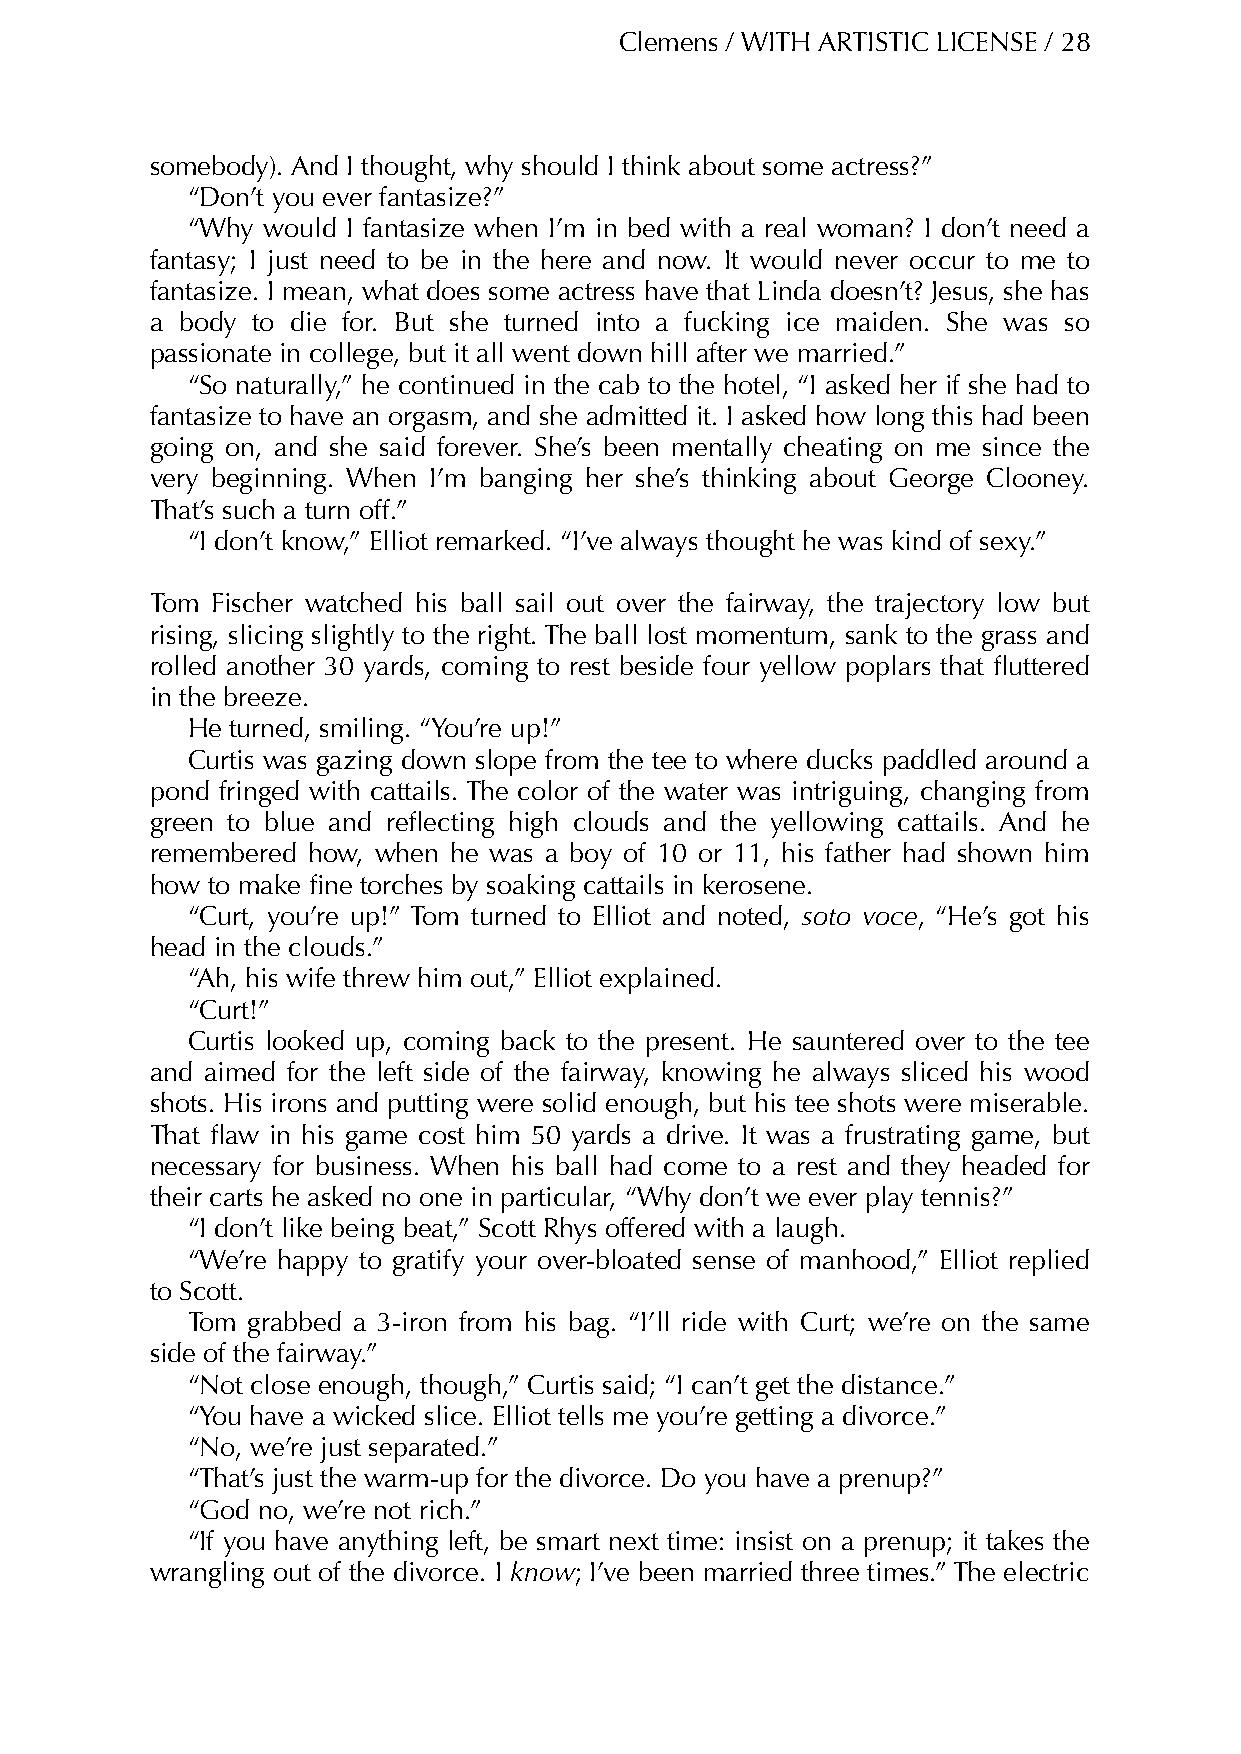
Clemens / WITH ARTISTIC LICENSE / 28
 somebody). And I thought, why should I think about some actress?”
 “Don’t you ever fantasize?”
 “Why would I fantasize when I’m in bed with a real woman? I don’t need a
 fantasy; I just need to be in the here and now. It would never occur to me to
 fantasize. I mean, what does some actress have that Linda doesn’t? Jesus, she has
 a body to die for. But she turned into a fucking ice maiden. She was so
 passionate in college, but it all went down hill after we married.”
 “So naturally,” he continued in the cab to the hotel, “I asked her if she had to
 fantasize to have an orgasm, and she admitted it. I asked how long this had been
 going on, and she said forever. She’s been mentally cheating on me since the
 very beginning. When I’m banging her she’s thinking about George Clooney.
 That’s such a turn off.”
 “I don’t know,” Elliot remarked. “I’ve always thought he was kind of sexy.”
 Tom Fischer watched his ball sail out over the fairway, the trajectory low but
 rising, slicing slightly to the right. The ball lost momentum, sank to the grass and
 rolled another 30 yards, coming to rest beside four yellow poplars that fluttered
 in the breeze.
 He turned, smiling. “You’re up!”
 Curtis was gazing down slope from the tee to where ducks paddled around a
 pond fringed with cattails. The color of the water was intriguing, changing from
 green to blue and reflecting high clouds and the yellowing cattails. And he
 remembered how, when he was a boy of 10 or 11, his father had shown him
 how to make fine torches by soaking cattails in kerosene.
 “Curt, you’re up!” Tom turned to Elliot and noted, soto voce, “He’s got his
 head in the clouds.”
 “Ah, his wife threw him out,” Elliot explained.
 “Curt!”
 Curtis looked up, coming back to the present. He sauntered over to the tee
 and aimed for the left side of the fairway, knowing he always sliced his wood
 shots. His irons and putting were solid enough, but his tee shots were miserable.
 That flaw in his game cost him 50 yards a drive. It was a frustrating game, but
 necessary for business. When his ball had come to a rest and they headed for
 their carts he asked no one in particular, “Why don’t we ever play tennis?”
 “I don’t like being beat,” Scott Rhys offered with a laugh.
 “We’re happy to gratify your over-bloated sense of manhood,” Elliot replied
 to Scott.
 Tom grabbed a 3-iron from his bag. “I’ll ride with Curt; we’re on the same
 side of the fairway.”
 “Not close enough, though,” Curtis said; “I can’t get the distance.”
 “You have a wicked slice. Elliot tells me you’re getting a divorce.”
 “No, we’re just separated.”
 “That’s just the warm-up for the divorce. Do you have a prenup?”
 “God no, we’re not rich.”
 “If you have anything left, be smart next time: insist on a prenup; it takes the
 wrangling out of the divorce. I know; I’ve been married three times.” The electric